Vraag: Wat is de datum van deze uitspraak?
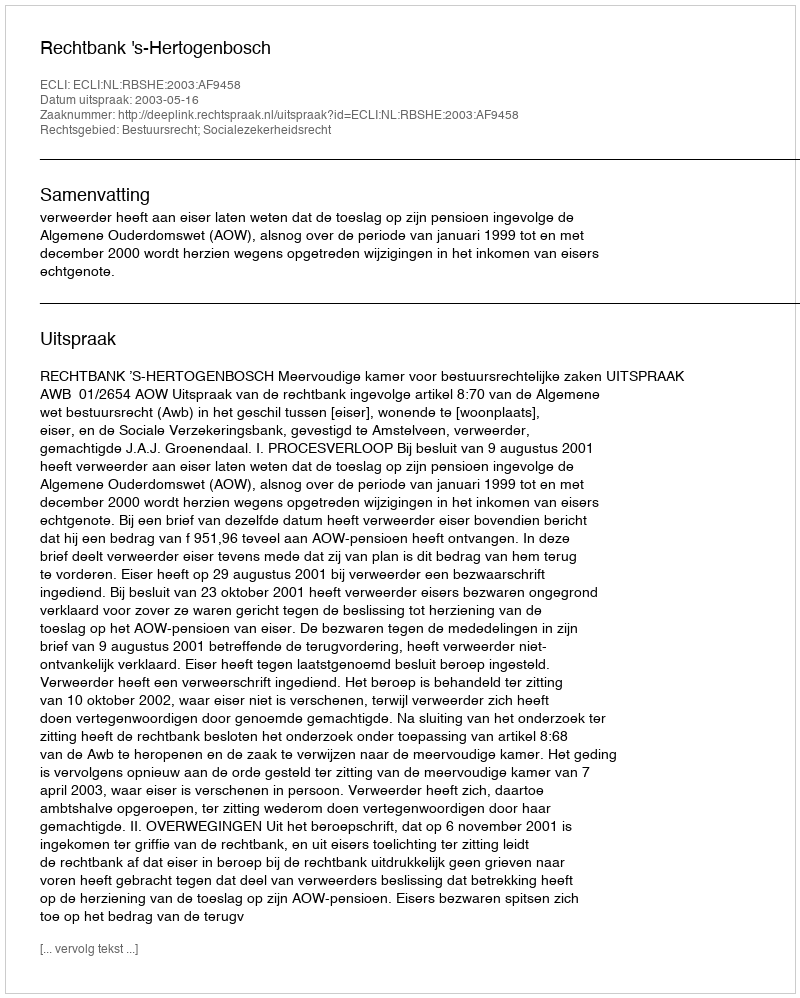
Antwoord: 2003-05-16